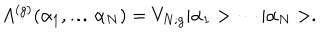
A ^ { ( g ) } ( \alpha _ { 1 } , \ldots \alpha _ { N } ) = V _ { N ; g } | \alpha _ { 1 } > \cdots | \alpha _ { N } > .